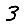
Digit: 3